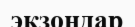
экзондар